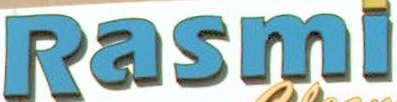
Rasmi